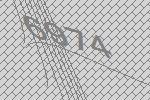
6974